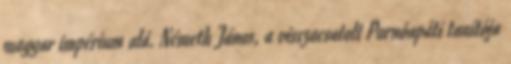
magyar impérium alá. Németh János, a visszacsatolt Pornóapáti tanítója